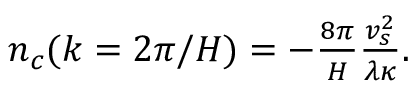
\begin{array} { r } { n _ { c } ( k = 2 \pi / H ) = - \frac { 8 \pi } { H } \frac { v _ { s } ^ { 2 } } { \lambda \kappa } . } \end{array}